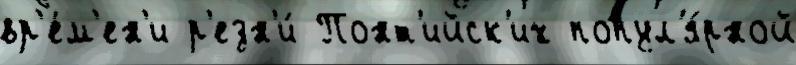
вр'е́м'ен'и р'езн'и́ Понт'ийск'их попул'я́рной